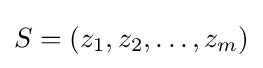
S=(z_{1},z_{2},\dots ,z_{m})